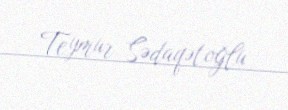
Teymur Sədaqətoğlu